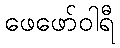
ဖေဖော်ဝါရီ